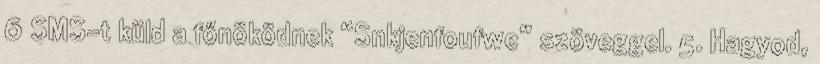
6 SMS-t küld a főnöködnek “Snkjenfoufwe” szöveggel. 5. Hagyod,